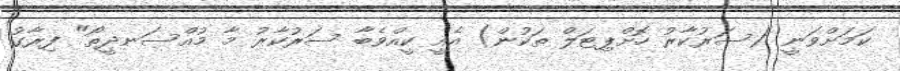
ކަމަށްވަނީ (ސަރުކާރު ހޮށްޕިޓަލް ތަކުން) އެއީ ކީއްވެބާ ސަރުކާރު މާ މުއްސަނދީތޯ" ފިރާގު